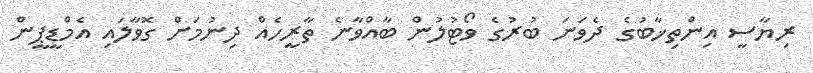
ރިޔާސީ އިންތިޚާބުގެ ދެވަނަ ބުރުގެ ވޯޓުލުން ބާއްވާނެ ތާރީހެއް ދިނުމަށް ގޮވާލައި އެމްޑީޕީން